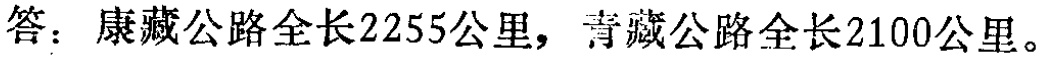
答：康藏公路全长2255公里，青藏公路全长2100公里。